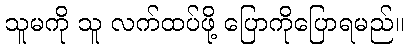
သူမကို သူ လက်ထပ်ဖို့ ပြောကိုပြောရမည်။